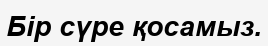
Бір сүре қосамыз.